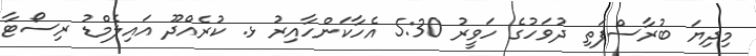
މިދިޔަ ބުރާސްފަތި ދުވަހުގެ ހަވީރު 5:30 އެހާކަންހާއިރު ޅ. ކުރެއްދޫ އައިލެމްޑު ރިސޯޓާ